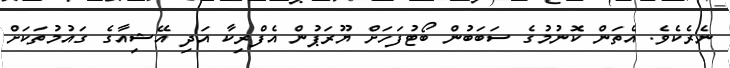
ނެރެކެވެ. އެތަން ކޮނުމުގެ ސަބަބުން ބޯޓުފަހަށް ޔޫރަޕުން އެފްރިކާ އަދި އޭޝިއާގެ ގައުމުތަކަށް